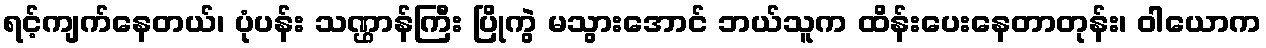
ရင့်ကျက်နေတယ်၊ ပုံပန်း သဏ္ဌာန်ကြီး ပြိုကွဲ မသွားအောင် ဘယ်သူက ထိန်းပေးနေတာတုန်း၊ ဝါယောက